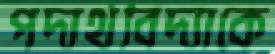
পদার্থবিদ্যাকে